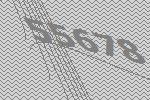
55678